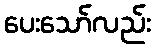
ပေးသော်လည်း